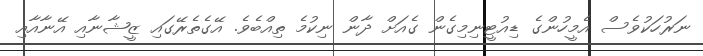
ނަރުހަކުވެސް އެމީހުންގެ ޑިއުޓީނިމިގެން ގެއަށް ދާން ނިކުމެ ތިއްބެވެ. އޭގެތެރޭގައި ޒީޝާނާއި އޭނާއާއި